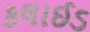
કલાઈડ